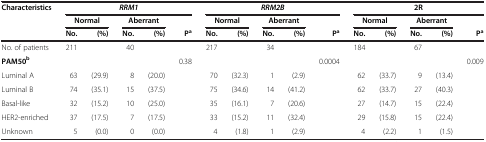
<table><thead><tr><td rowspan="3"><b>Characteristics</b></td><td colspan="5"><b><i>RRM1</i></b></td><td colspan="5"><b><i>RRM2B</i></b></td><td colspan="5"><b>2R</b></td></tr><tr><td colspan="2"><b>Normal</b></td><td colspan="2"><b>Aberrant</b></td><td><b> </b></td><td colspan="2"><b>Normal</b></td><td colspan="2"><b>Aberrant</b></td><td><b> </b></td><td colspan="2"><b>Normal</b></td><td colspan="2"><b>Aberrant</b></td><td><b> </b></td></tr><tr><td><b>No.</b></td><td><b>(%)</b></td><td><b>No.</b></td><td><b>(%)</b></td><td><b>P<sup>a</sup></b></td><td><b>No.</b></td><td><b>(%)</b></td><td><b>No.</b></td><td><b>(%)</b></td><td><b>P<sup>a</sup></b></td><td><b>No.</b></td><td><b>(%)</b></td><td><b>No.</b></td><td><b>(%)</b></td><td><b>P<sup>a</sup></b></td></tr></thead><tbody><tr><td>No. of patients</td><td>211</td><td> </td><td>40</td><td> </td><td> </td><td>217</td><td> </td><td>34</td><td> </td><td> </td><td>184</td><td> </td><td>67</td><td> </td><td> </td></tr><tr><td><b>PAM50</b><sup><b>b</b></sup></td><td> </td><td> </td><td> </td><td> </td><td>0.38</td><td> </td><td> </td><td> </td><td> </td><td>0.0004</td><td> </td><td> </td><td> </td><td> </td><td>0.009</td></tr><tr><td>Luminal A</td><td>63</td><td>(29.9)</td><td>8</td><td>(20.0)</td><td> </td><td>70</td><td>(32.3)</td><td>1</td><td>(2.9)</td><td> </td><td>62</td><td>(33.7)</td><td>9</td><td>(13.4)</td><td> </td></tr><tr><td>Luminal B</td><td>74</td><td>(35.1)</td><td>15</td><td>(37.5)</td><td> </td><td>75</td><td>(34.6)</td><td>14</td><td>(41.2)</td><td> </td><td>62</td><td>(33.7)</td><td>27</td><td>(40.3)</td><td> </td></tr><tr><td>Basal-like</td><td>32</td><td>(15.2)</td><td>10</td><td>(25.0)</td><td> </td><td>35</td><td>(16.1)</td><td>7</td><td>(20.6)</td><td> </td><td>27</td><td>(14.7)</td><td>15</td><td>(22.4)</td><td> </td></tr><tr><td>HER2-enriched</td><td>37</td><td>(17.5)</td><td>7</td><td>(17.5)</td><td> </td><td>33</td><td>(15.2)</td><td>11</td><td>(32.4)</td><td> </td><td>29</td><td>(15.8)</td><td>15</td><td>(22.4)</td><td> </td></tr><tr><td>Unknown</td><td>5</td><td>(0.0)</td><td>0</td><td>(0.0)</td><td> </td><td>4</td><td>(1.8)</td><td>1</td><td>(2.9)</td><td> </td><td>4</td><td>(2.2)</td><td>1</td><td>(1.5)</td><td> </td></tr></tbody></table>